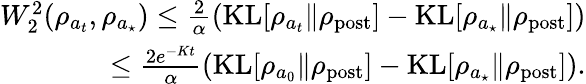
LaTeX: \begin{array}{r}{W_{2}^{2}(\rho_{a_{t}},\rho_{a_{\star}})\leq\frac{2}{\alpha}\left({\mathrm{KL}}[\rho_{a_{t}}\Vert\rho_{\mathrm{post}}]-{\mathrm{KL}}[\rho_{a_{\star}}\Vert\rho_{\mathrm{post}}]\right)}\\ {\leq\frac{2e^{-Kt}}{\alpha}\left({\mathrm{KL}}[\rho_{a_{0}}\Vert\rho_{\mathrm{post}}]-{\mathrm{KL}}[\rho_{a_{\star}}\Vert\rho_{\mathrm{post}}]\right).}\end{array}